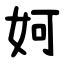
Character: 妸